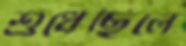
শুধেছিলে